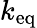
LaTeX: k_{\mathrm{eq}}